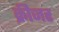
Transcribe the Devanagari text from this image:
क्रीजर